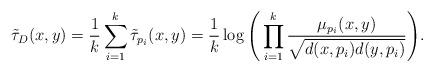
LaTeX: \begin{align*}\tilde\tau_D(x,y)=\frac {1}{k}\sum_{i=1}^{k}\tilde\tau_{p_i}(x,y)=\frac {1}{k}\log\Bigg(\prod_{i=1}^{k}\frac {\mu_{p_i}(x,y)}{\sqrt{d(x,p_i)d(y,p_i)}}\Bigg).\end{align*}